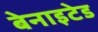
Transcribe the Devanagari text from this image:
बेनाइटेड